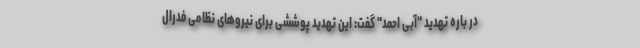
در باره تهدید "آبی احمد" گفت: این تهدید پوششی برای نیروهای نظامی فدرال